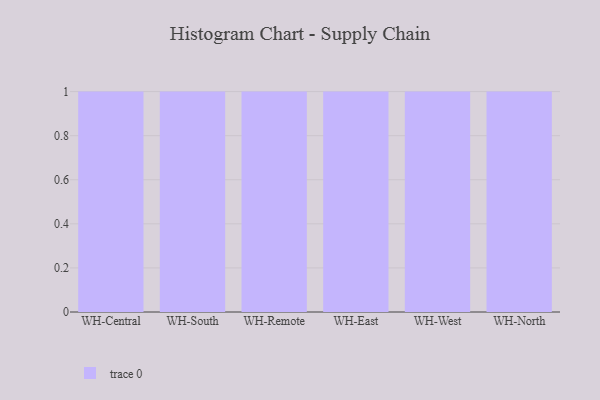
{"axis": {"x": "Warehouse", "y": "Latency (ms)"}, "legend": [""], "data": [{"x": "WH-Central", "y": 29, "type": ""}, {"x": "WH-South", "y": 75, "type": ""}, {"x": "WH-Remote", "y": 53, "type": ""}, {"x": "WH-East", "y": 17, "type": ""}, {"x": "WH-West", "y": 61, "type": ""}, {"x": "WH-North", "y": 64, "type": ""}]}